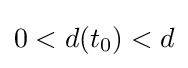
0<d(t_{0})<d